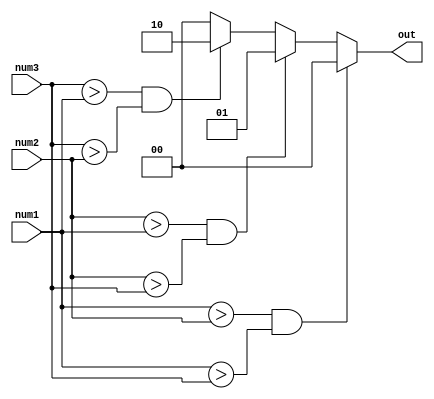
module LargestNumber (
    input [31:0] num1,
    input [31:0] num2,
    input [31:0] num3,
    output reg [1:0] out
);

always @(*) begin
    if (num1 > num2 && num1 > num3)
        out = 2'b00;
    else if (num2 > num1 && num2 > num3)
        out = 2'b01;
    else if (num3 > num1 && num3 > num2)
        out = 2'b10;
    else
        out = 2'b00; // If all numbers are equal, default to "00"
end

endmodule